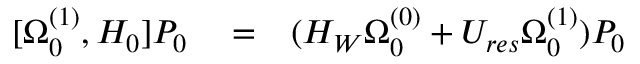
\begin{array} { r l r } { [ \Omega _ { 0 } ^ { ( 1 ) } , H _ { 0 } ] P _ { 0 } } & { { } = } & { ( H _ { W } \Omega _ { 0 } ^ { ( 0 ) } + U _ { r e s } \Omega _ { 0 } ^ { ( 1 ) } ) P _ { 0 } } \end{array}